Subject: eess
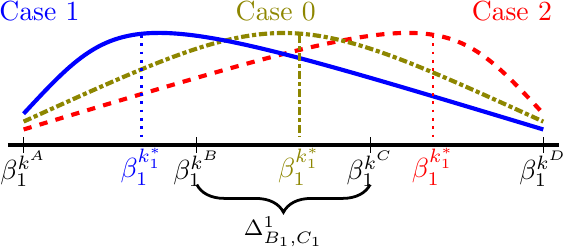
LaTeX code:
    \begin{tikzpicture}[line width=1.5pt]
        \draw (-0.2,0) --++(7,0) ; %time axis
        \foreach \i in{0,2.2,4.4,6.6}{\draw [thin](\i,0.1)--++(0,-0.2);}
        \draw[red,dashed] (0, 0.2) .. controls (5.3,1.8) .. (6.6, 0.4);
        \draw[olive,densely dashdotted] (0, 0.3) .. controls (3.3,1.8) .. (6.6, 0.3);
        \draw[blue] (0, 0.4) .. controls (1.3,1.8) .. (6.6, 0.2);
        \draw[blue, dotted, line width=1] (1.5,1.4)--++(0,-1.3)node[below]{$\beta^{k_1^*}_1$};
        \draw[red, dotted, line width=1] (5.2,1.4)--++(0,-1.3)node[below]{$\beta^{k_1^*}_1$};
        \draw[olive, densely dashdotted, line width=1] (3.5,1.4)--++(0,-1.3)node[below]{$\beta^{k_1^*}_1$};
        \node at (0,-0.3) {{$\beta^{k^A}_1$}};
        \node at (2.2,-0.3) {{$\beta^{k^B}_1$}};
        \draw [decorate,decoration={brace,mirror,amplitude=10pt},yshift=0pt,line width=1pt] (2.2,-0.5) -- (4.4,-0.5) ;
        \node at (3.3,-1.1) {\footnotesize$\Delta^1_{B_1,C_1}$};
        \node at (4.4,-0.3) {{$\beta^{k^C}_1$}};
        \node at (6.6,-0.3) {{$\beta^{k^D}_1$}};
        \node[blue] at (0.2,1.7){Case 1};
        \node[red] at (6.2,1.7){Case 2};
        \node[olive] at (3.2,1.7){Case 0};
    \end{tikzpicture}